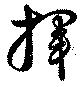
揮